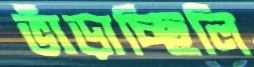
ভাঁড়াচ্ছিলি